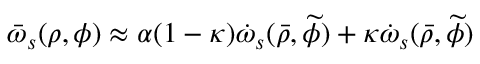
\bar { \omega } _ { s } ( \rho , \phi ) \approx \alpha ( 1 - \kappa ) \dot { \omega } _ { s } ( \bar { \rho } , \widetilde { \phi } ) + \kappa \dot { \omega } _ { s } ( \bar { \rho } , \widetilde { \phi } )